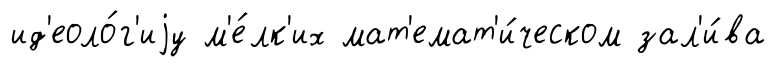
ид'еоло́г'иjу м'е́лк'их мат'емат'и́ческом зал'и́ва